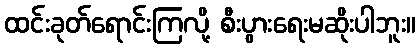
ထင်းခုတ်ရောင်းကြလို့ စီးပွားရေးမဆိုးပါဘူး။